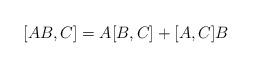
LaTeX: \begin{align*}[AB,C]=A[B,C]+[A,C]B\end{align*}